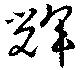
輝